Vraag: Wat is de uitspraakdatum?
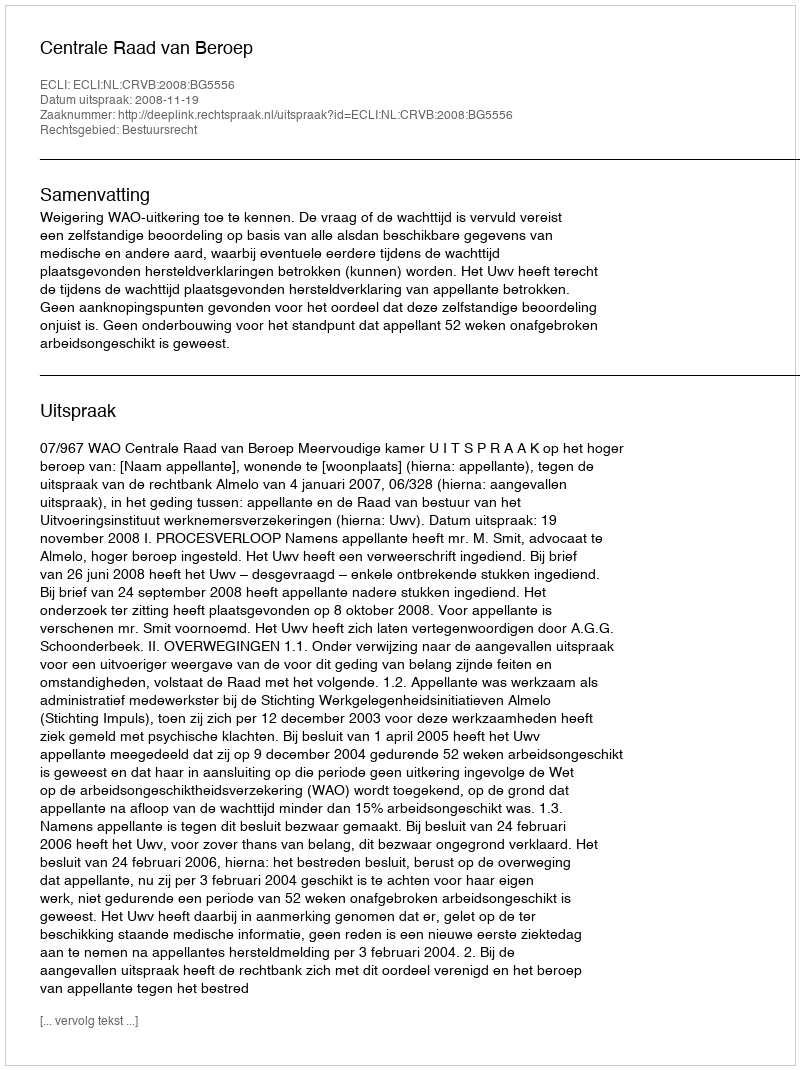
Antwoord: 2008-11-19